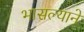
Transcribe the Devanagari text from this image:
भासल्याने